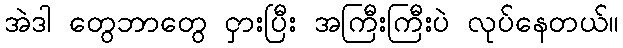
အဲဒါ တွေဘာတွေ ငှားပြီး အကြီးကြီးပဲ လုပ်နေတယ်။